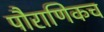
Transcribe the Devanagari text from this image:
पौराणिकच